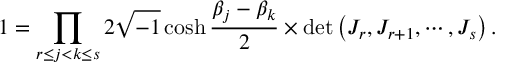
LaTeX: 1 = \prod _ { r \le j < k \le s } 2 \sqrt { - 1 } \cosh \frac { \beta _ { j } - \beta _ { k } } { 2 } \times \operatorname * { d e t } \left( J _ { r } , J _ { r + 1 } , \cdots , J _ { s } \right) .